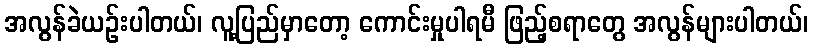
အလွန်ခဲယဉ်းပါတယ်၊ လူ့ပြည်မှာတော့ ကောင်းမှုပါရမီ ဖြည့်စရာတွေ အလွန်များပါတယ်၊